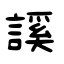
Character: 謑